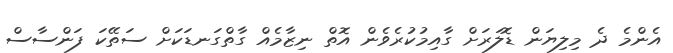
އެންމެ ދެ މިލިޔަން ޑޮލަރަށް ގާއިމުކުރެވެން އޮތް ނިޒާމެއް ގާތްގަނޑަކަށް ސަތޭކަ ފަންސާސް